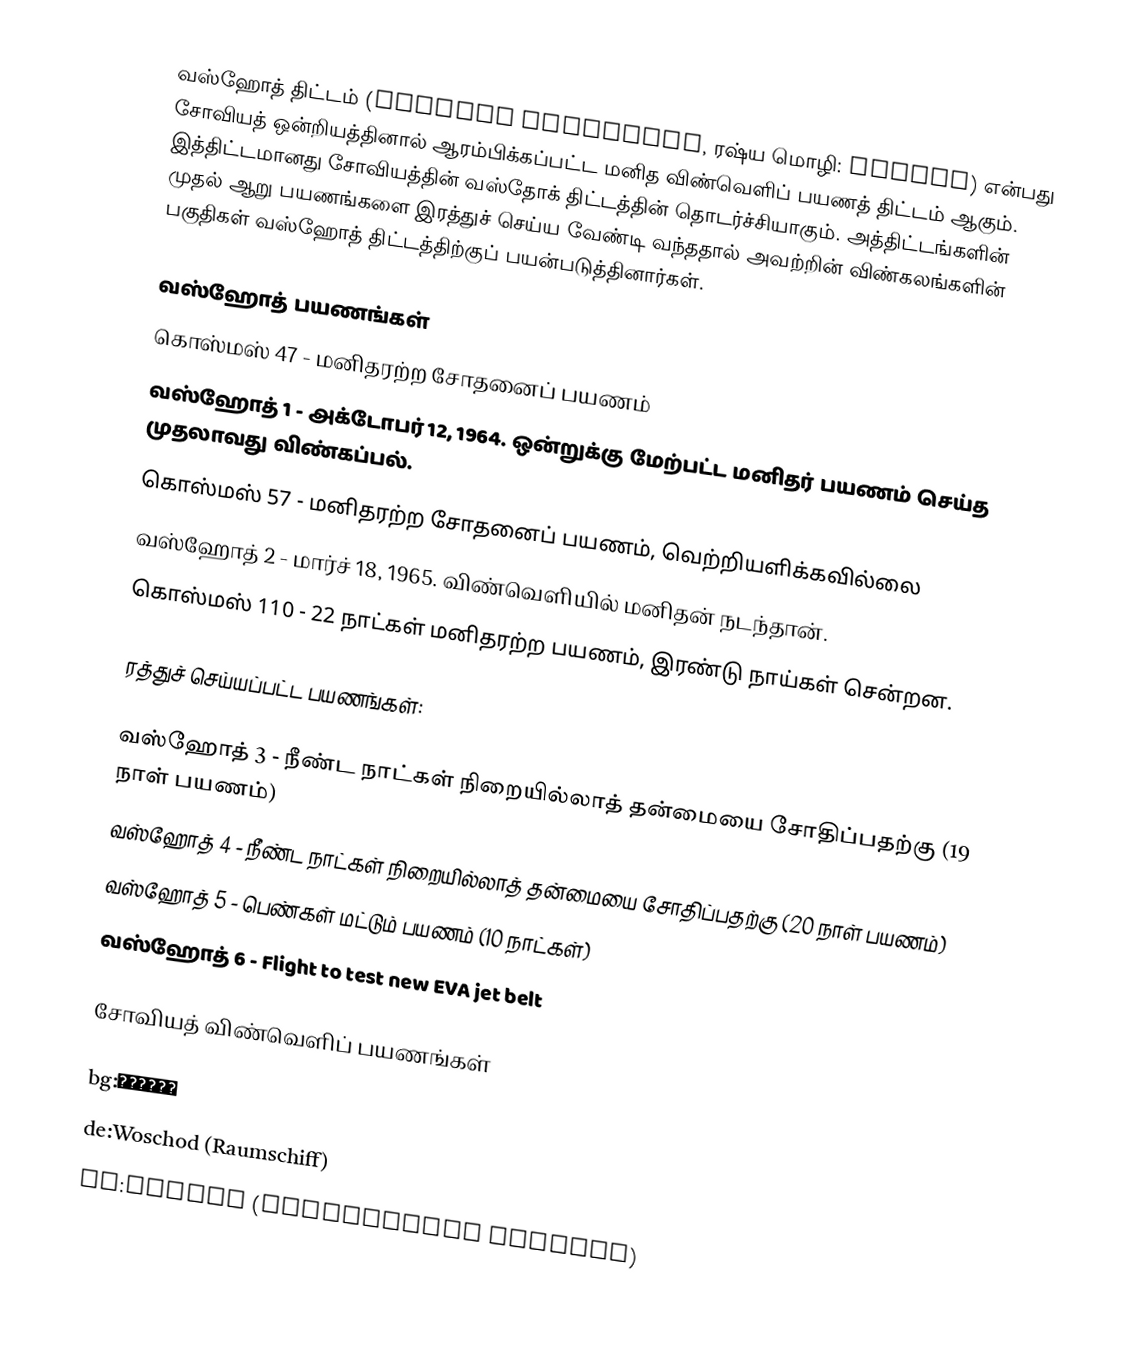
வஸ்ஹோத் திட்டம் (Voskhod programme, ரஷ்ய மொழி: Восход) என்பது சோவியத் ஒன்றியத்தினால் ஆரம்பிக்கப்பட்ட மனித விண்வெளிப் பயணத் திட்டம் ஆகும். இத்திட்டமானது சோவியத்தின் வஸ்தோக் திட்டத்தின் தொடர்ச்சியாகும். அத்திட்டங்களின் முதல் ஆறு பயணங்களை இரத்துச் செய்ய வேண்டி வந்ததால் அவற்றின் விண்கலங்களின் பகுதிகள் வஸ்ஹோத் திட்டத்திற்குப் பயன்படுத்தினார்கள்.

வஸ்ஹோத் பயணங்கள்
கொஸ்மஸ் 47 - மனிதரற்ற சோதனைப் பயணம்
வஸ்ஹோத் 1 - அக்டோபர் 12, 1964. ஒன்றுக்கு மேற்பட்ட மனிதர் பயணம் செய்த முதலாவது விண்கப்பல்.
கொஸ்மஸ் 57 - மனிதரற்ற சோதனைப் பயணம், வெற்றியளிக்கவில்லை
வஸ்ஹோத் 2 - மார்ச் 18, 1965. விண்வெளியில் மனிதன் நடந்தான்.
கொஸ்மஸ் 110 - 22 நாட்கள் மனிதரற்ற பயணம், இரண்டு நாய்கள் சென்றன.

ரத்துச் செய்யப்பட்ட பயணங்கள்:

வஸ்ஹோத் 3 - நீண்ட நாட்கள் நிறையில்லாத் தன்மையை சோதிப்பதற்கு (19 நாள் பயணம்)
வஸ்ஹோத் 4 - நீண்ட நாட்கள் நிறையில்லாத் தன்மையை சோதிப்பதற்கு (20 நாள் பயணம்)
வஸ்ஹோத் 5 - பெண்கள் மட்டும் பயணம் (10 நாட்கள்)
வஸ்ஹோத் 6 - Flight to test new EVA jet belt

சோவியத் விண்வெளிப் பயணங்கள்

bg:Восход
de:Woschod (Raumschiff)
ru:Восход (космический корабль)